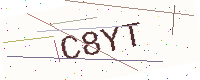
Text: C8YT